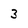
Character: 3